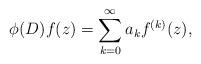
LaTeX: \begin{align*} \phi(D)f(z) = \sum_{k=0}^{\infty} a_k f^{(k)}(z),\end{align*}